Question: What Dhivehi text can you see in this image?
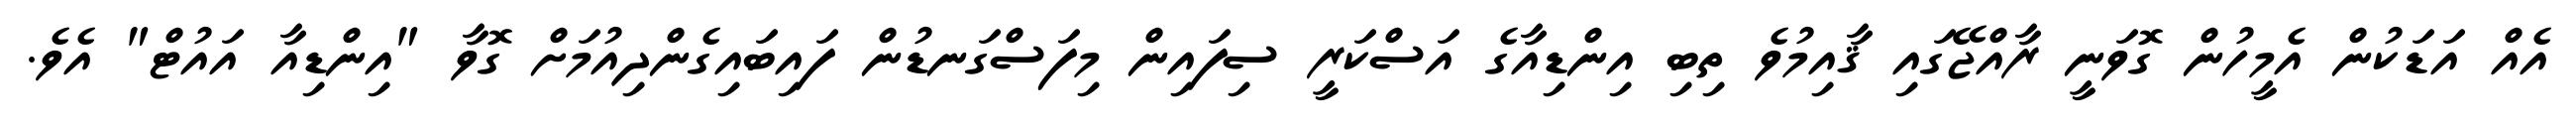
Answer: އެއް އަޑަކުން އެމީހުން ގޮވަނީ ރާއްޖޭގައި ޤާއިމުވެ ތިބި އިންޑިއާގެ އަސްކަރީ ސިފައިން މިފަސްގަނޑުން ފައިބައިގެންދިއުމަށް ގޮވާ "އިންޑިއާ އައުޓް" އެވެ.